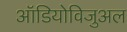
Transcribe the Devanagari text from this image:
ऑडियोविजुअल